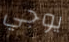
يوجي